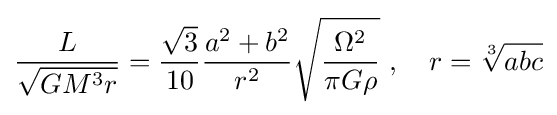
{\frac {L}{\sqrt {GM^{3}r}}}={\frac {\sqrt {3}}{10}}{\frac {a^{2}+b^{2}}{r^{2}}}{\sqrt {\frac {\Omega ^{2}}{\pi G\rho }}}\ ,\quad r={\sqrt[{3}]{abc}}